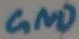
Text: GND